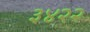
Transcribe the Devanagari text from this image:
३४२२